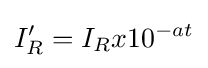
I'_{R}=I_{R}x10^{-at}